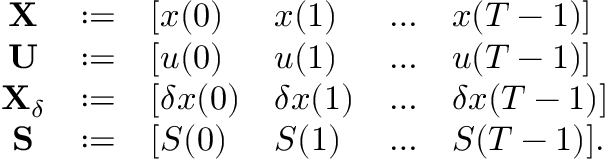
\begin{array} { r } { \begin{array} { c c l l l l } { \mathbf { X } } & { : = } & { [ x ( 0 ) } & { x ( 1 ) } & { \ldots } & { x ( T - 1 ) ] } \\ { \mathbf { U } } & { : = } & { [ u ( 0 ) } & { u ( 1 ) } & { \ldots } & { u ( T - 1 ) ] } \\ { \mathbf { X } _ { \delta } } & { : = } & { [ \delta x ( 0 ) } & { \delta x ( 1 ) } & { \ldots } & { \delta x ( T - 1 ) ] } \\ { \mathbf { S } } & { : = } & { [ S ( 0 ) } & { S ( 1 ) } & { \ldots } & { S ( T - 1 ) ] . } \end{array} } \end{array}